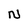
Character: N